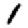
Digit: 1